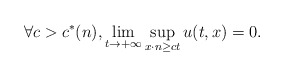
\begin{align*}\forall c > c^*(n) , \lim_{t \to +\infty} \sup_{x \cdot n \geq c t }u (t,x) =0.\end{align*}